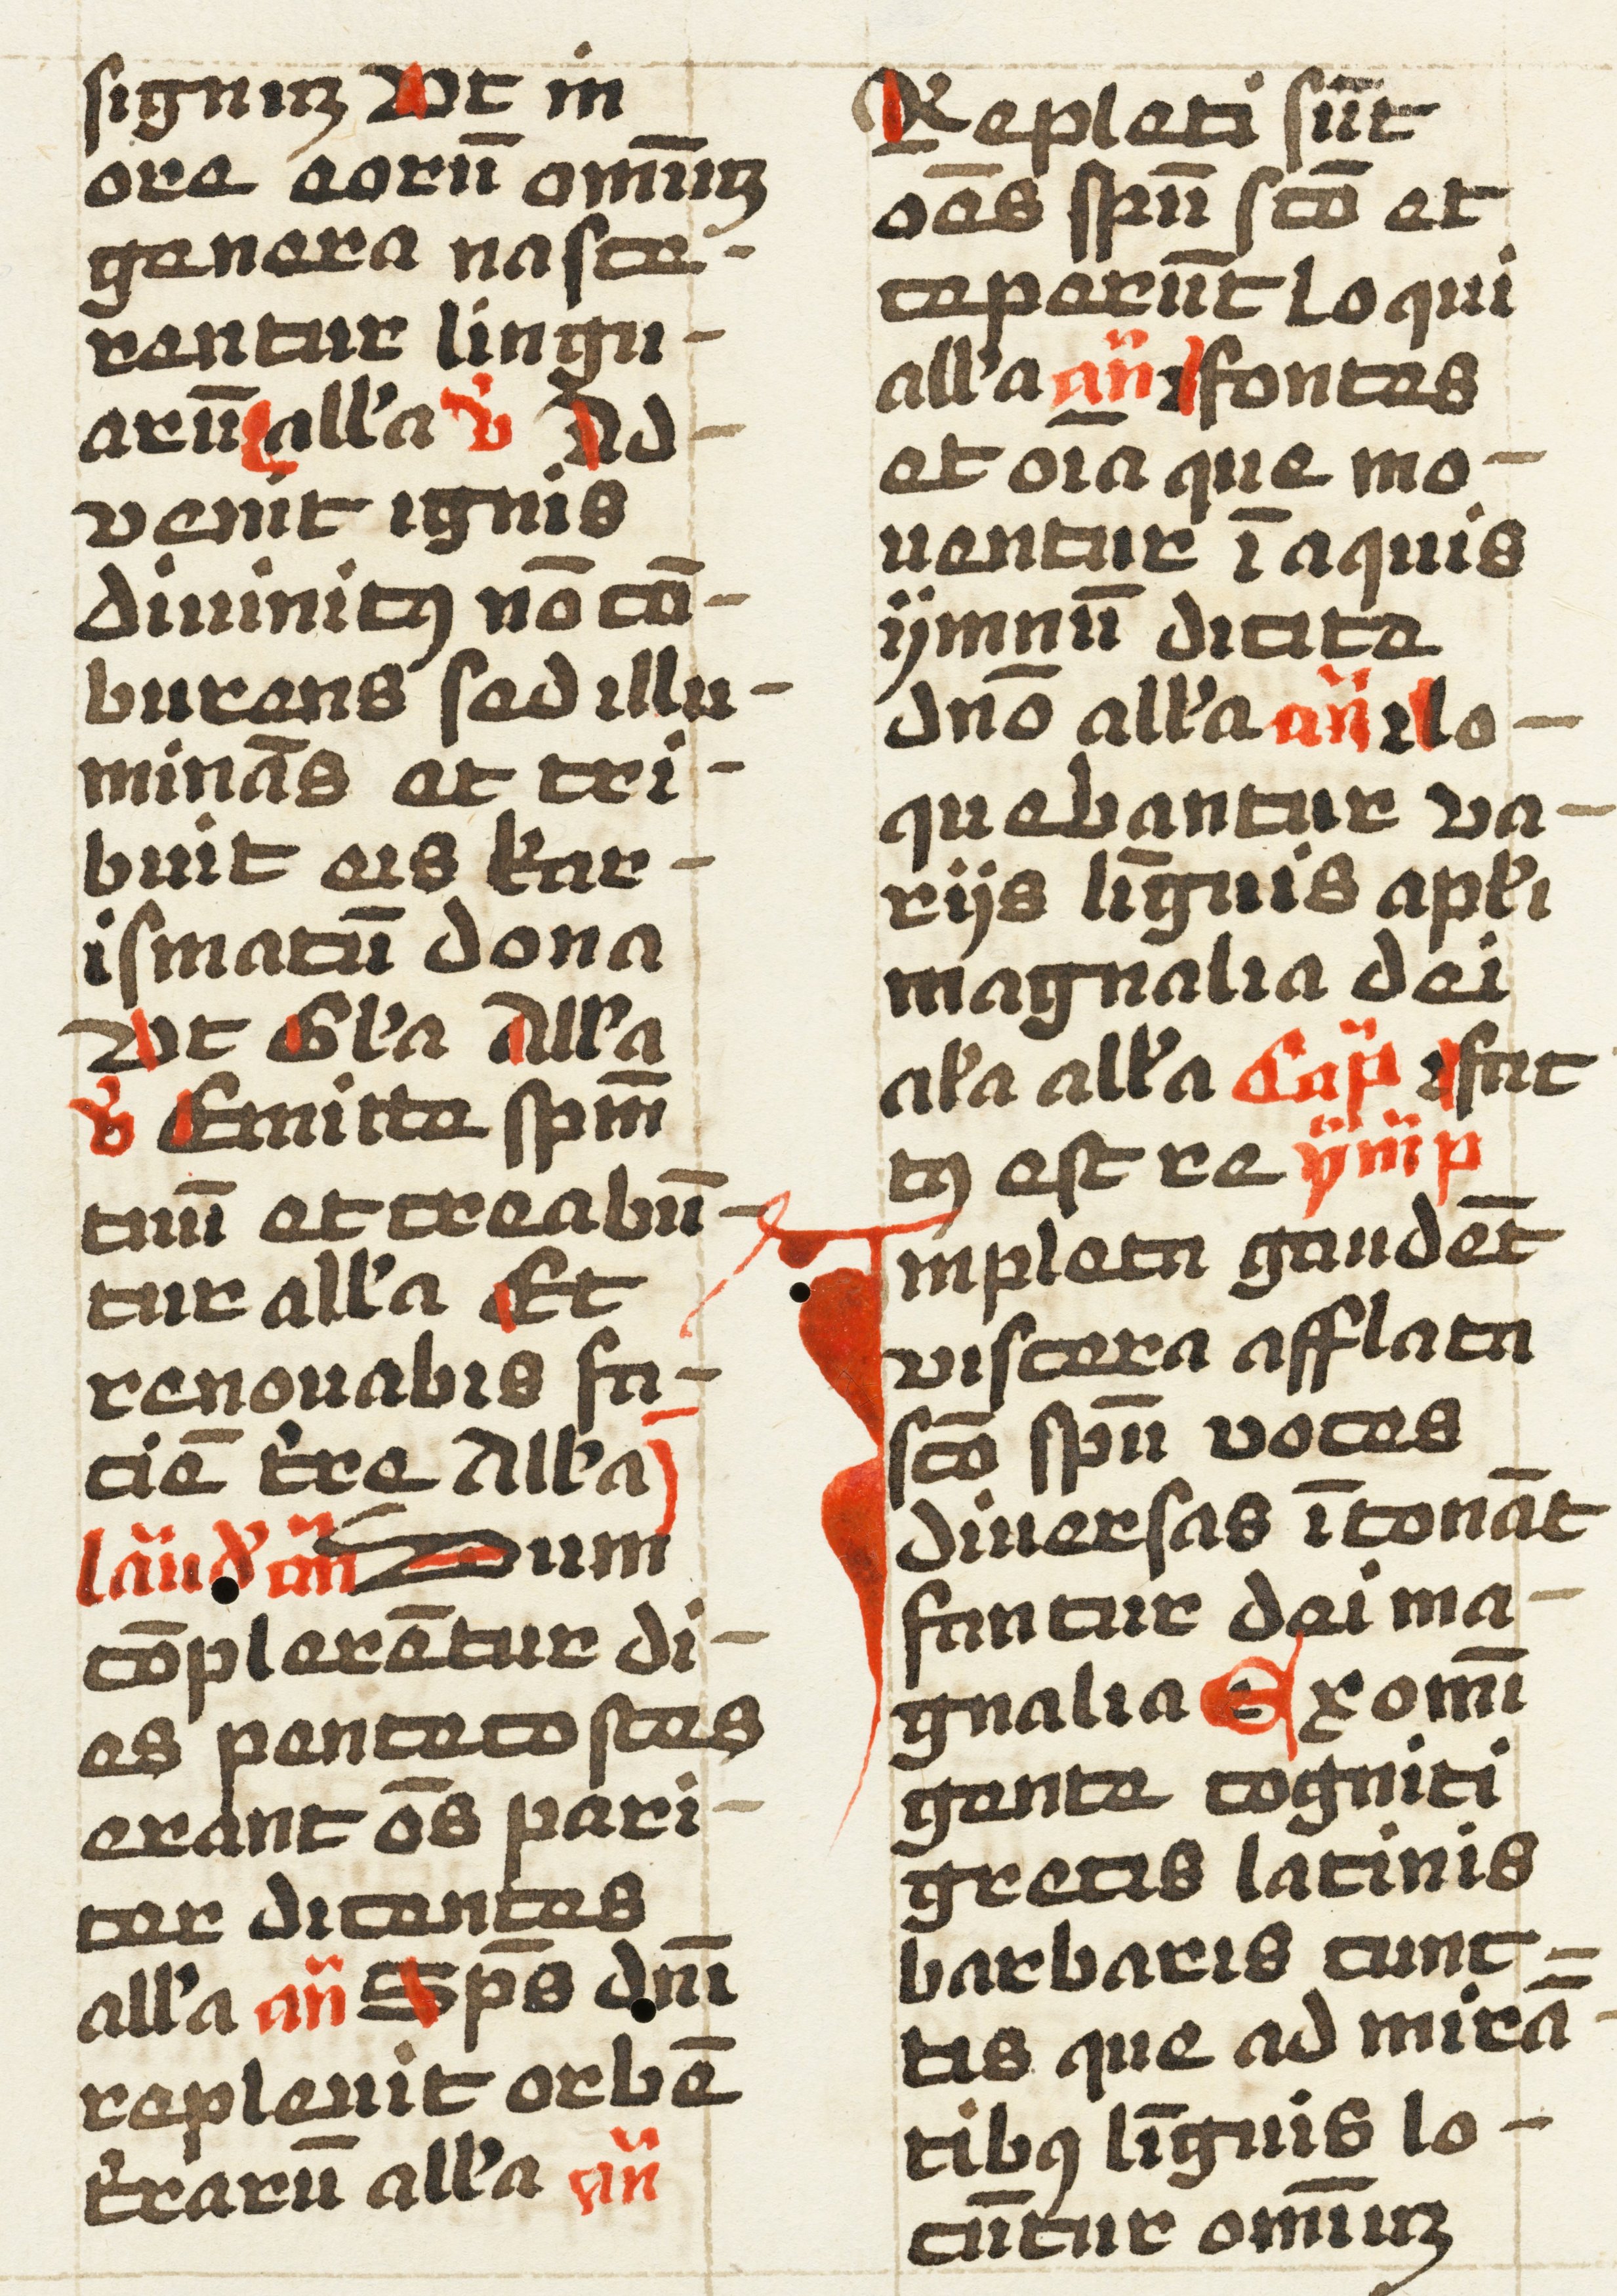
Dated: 1457–1498